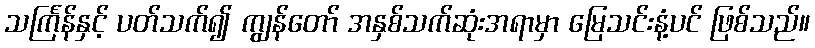
သင်္ကြန်နှင့် ပတ်သက်၍ ကျွန်တော် အနှစ်သက်ဆုံးအရာမှာ မြေသင်းနံ့ပင် ဖြစ်သည်။